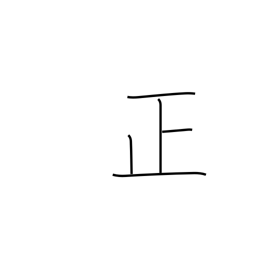
Meaning: righteous